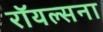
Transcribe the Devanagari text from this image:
रॉयल्सना